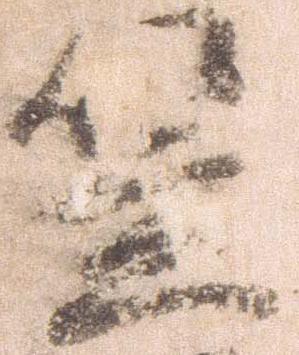
笠